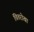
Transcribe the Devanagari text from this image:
चितरोखा